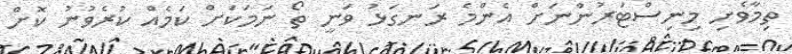
ތިމާވެށި މިނިސްޓަރުންނަށް އެންމެ ރަނގަޅު ވަނީ ތޯ ނަމަކަށް ކަމެއް ކުރެވުނު ކޮށް